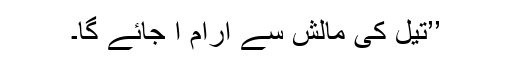
’’تیل کی مالش سے آرام آ جائے گا۔